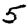
Digit: 5